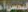
المحسناء